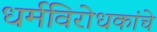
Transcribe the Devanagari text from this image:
धर्मविरोधकांचे